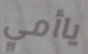
ياأمي